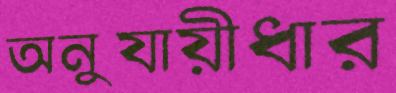
অনুযায়ীধার